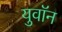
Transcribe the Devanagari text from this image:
युवॉन